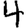
Digit: 4